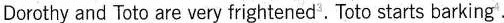
Dorothy and Toto are very frightened^{3} Toto starts barking^{4}